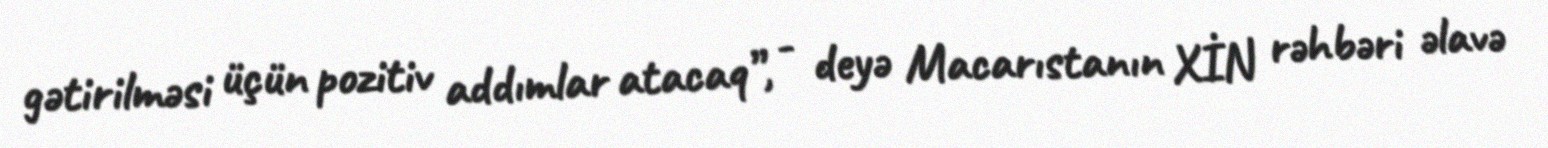
gətirilməsi üçün pozitiv addımlar atacaq”, - deyə Macarıstanın XİN rəhbəri əlavə